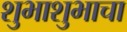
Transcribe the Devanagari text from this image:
शुभाशुभाचा